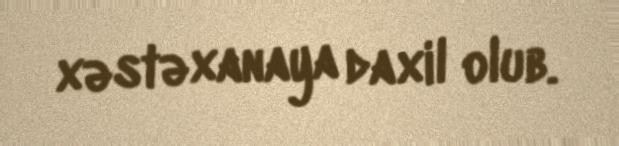
xəstəxanaya daxil olub.